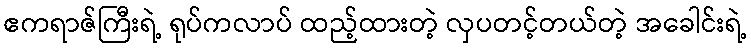
ဧကရာဇ်ကြီးရဲ့ ရုပ်ကလာပ် ထည့်ထားတဲ့ လှပတင့်တယ်တဲ့ အခေါင်းရဲ့